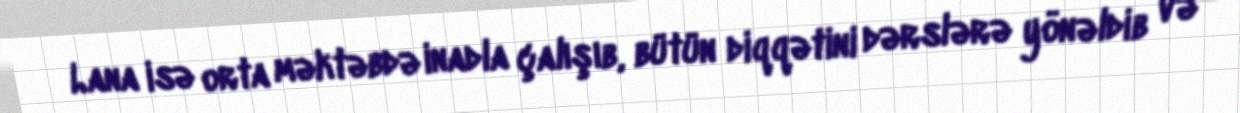
Lana isə orta məktəbdə inadla çalışıb, bütün diqqətini dərslərə yönəldib və